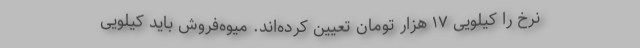
نرخ را کیلویی ۱۷ هزار تومان تعیین کرده‌اند. میوه‌فروش باید کیلویی